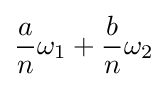
{\frac {a}{n}}\omega _{1}+{\frac {b}{n}}\omega _{2}